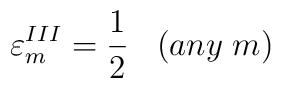
{\varepsilon}_m^{III} = \frac {1} {2} \;\;\; (any \; m)